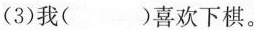
(3)我（）喜欢下棋。